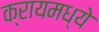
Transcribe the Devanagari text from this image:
क्रायमध्ये